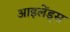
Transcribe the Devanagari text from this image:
आइलेंड्स